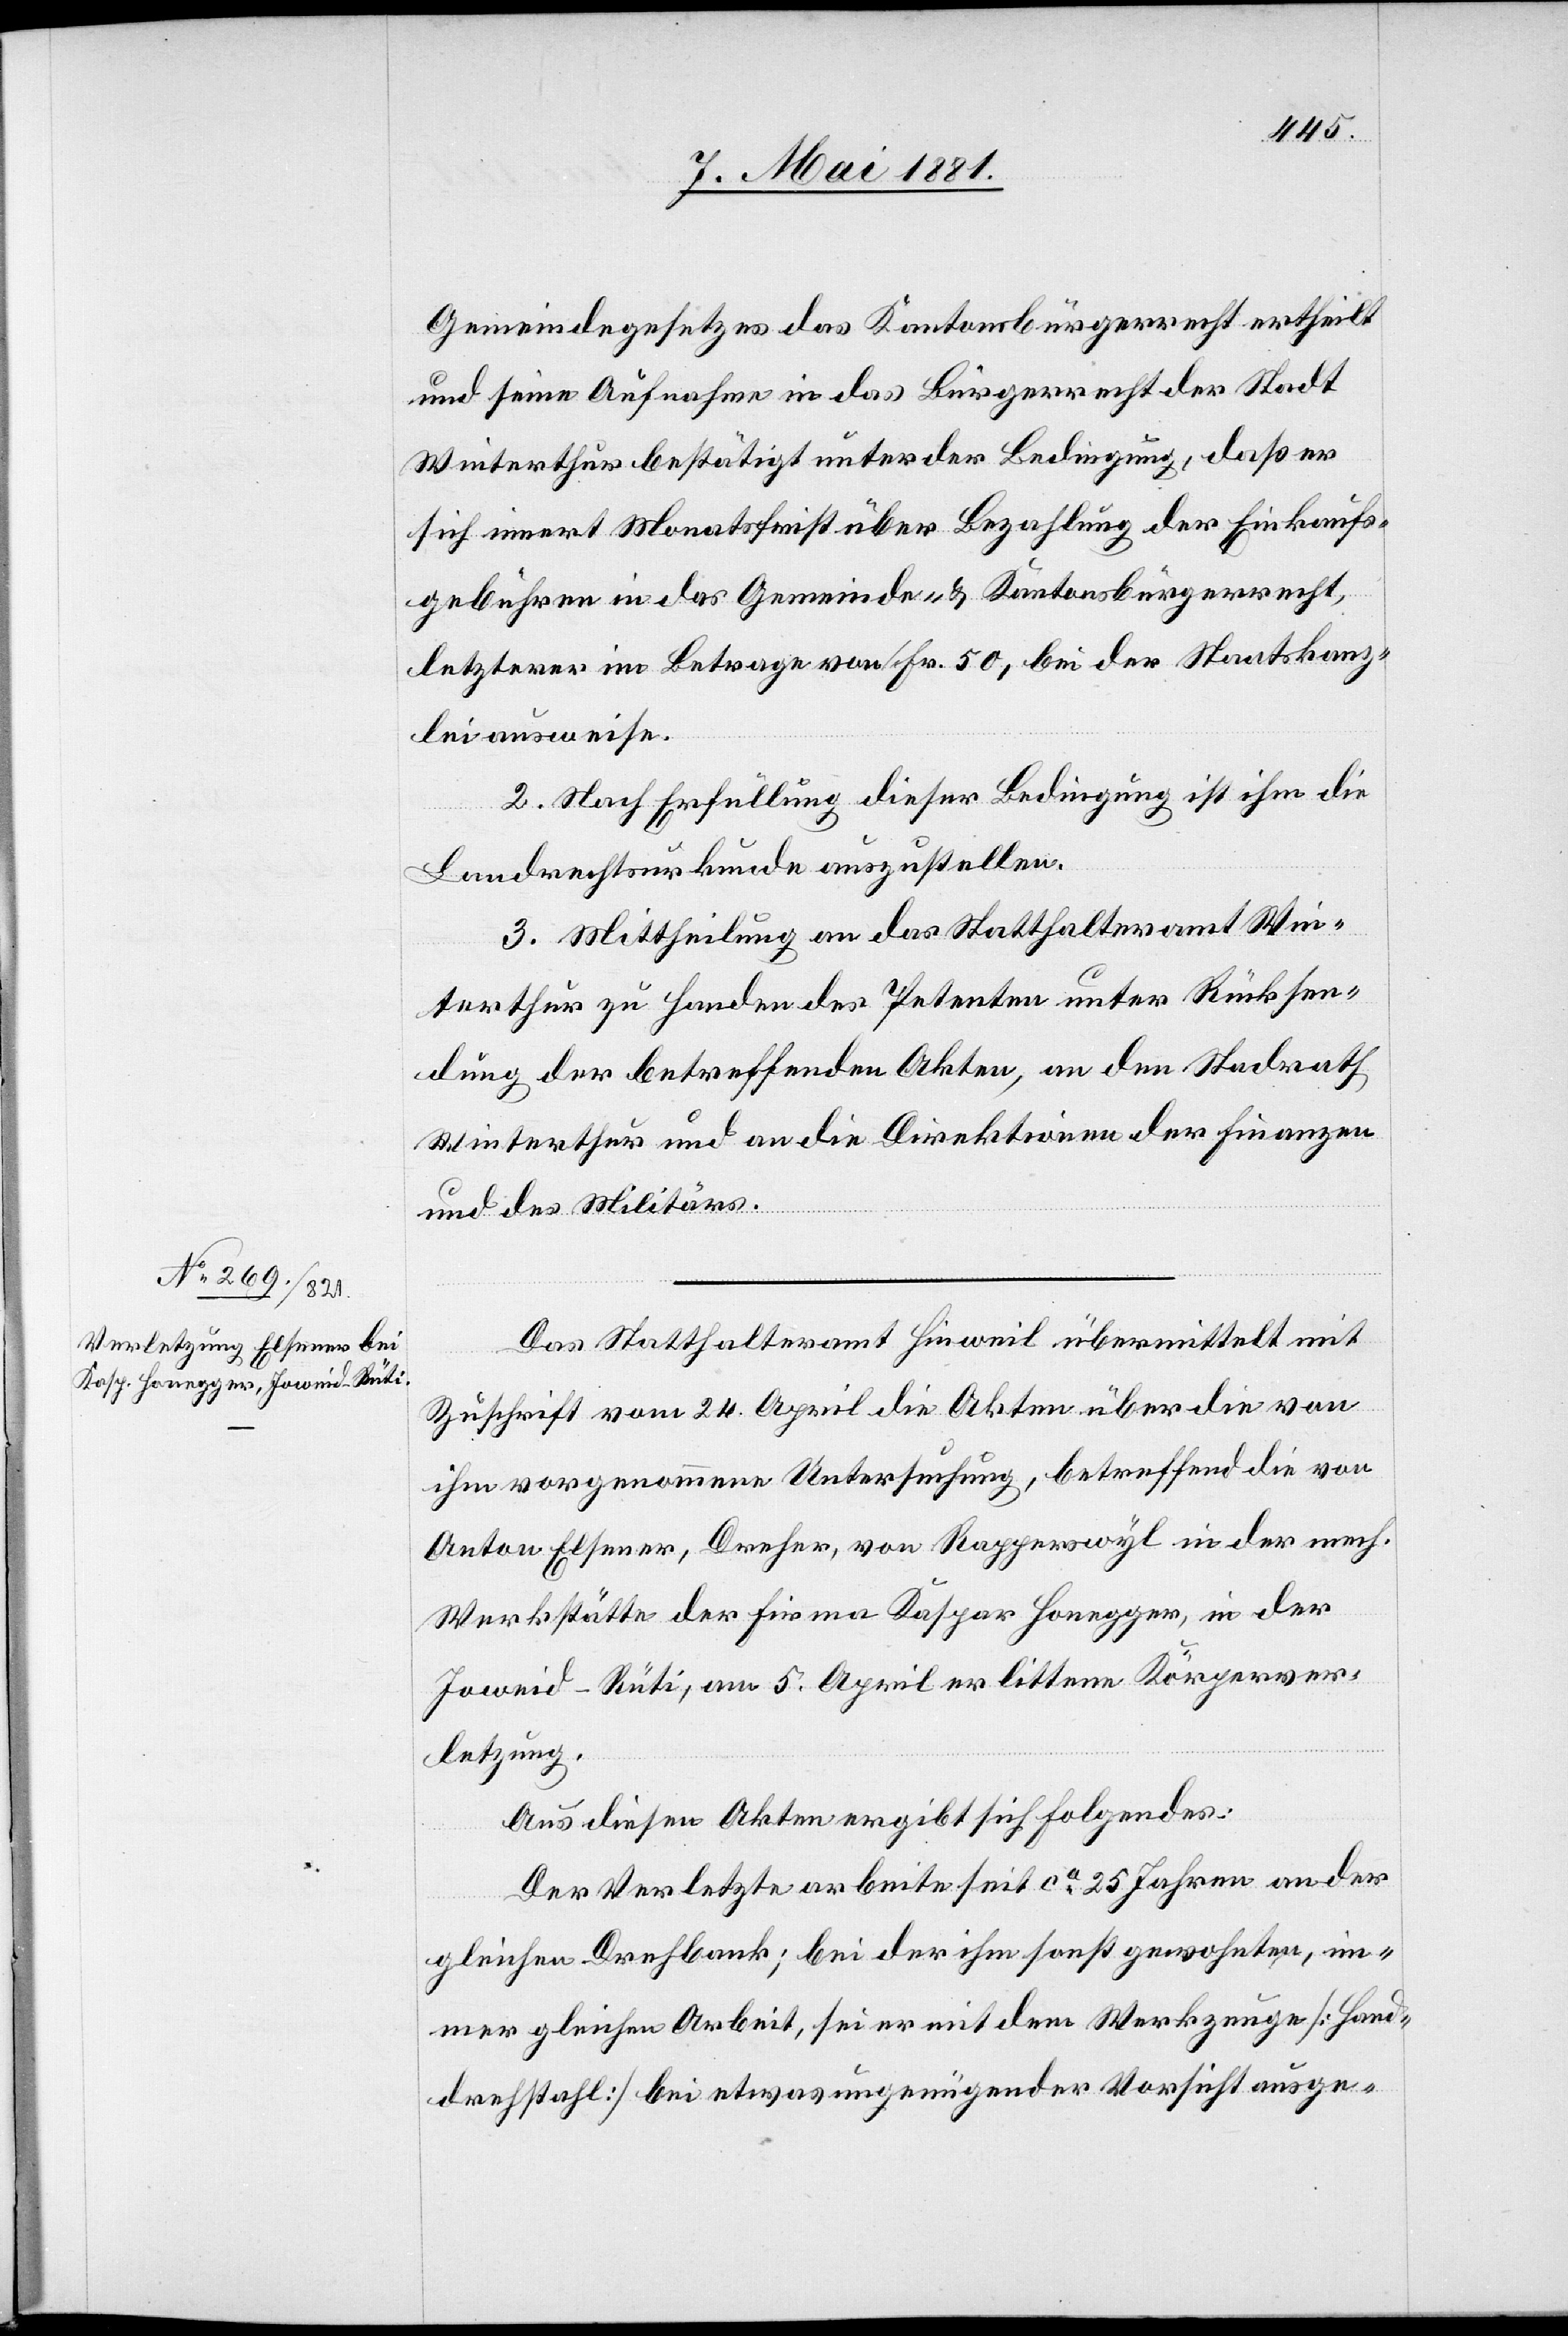
Gemeindegesetzes das Kantonsbürgerrecht ertheilt
und seine Aufnahme in das Bürgerrecht der Stadt
Winterthur bestätigt unter der Bedingung, daß er
sich innert Monatsfrist über Bezahlung der Einkaufs¬
gebühren in das Gemeinde- & Kantonsbürgerrecht
letzterer im Betrage von Fr. 50, bei der Staatskanz¬
lei ausweise.
2. Nach Erfüllung dieser Bedingung ist ihm die
Landrechtsurkunde auszustellen.
3. Mittheilung an das Statthalteramt Win¬
terthur zu Handen des Petenten unter Rücksen¬
dung der betreffenden Akten, an den Stadtrath
Winterthur und an die Direktion der Finanzen
und des Militärs.
Das Statthalteramt Hinweil übermittelt mit
Zuschrift vom 24. April die Akten über die von
ihm vorgenommene Untersuchung, betreffend die von
Anton Elsener, Dreher, von Rapperswyl in der mech.
Werkstätte der Firma Kaspar Honegger, in der
Joweid - Rüti, am 5. April erlittene Körperver¬
letzung.
Aus diesen Akten ergibt sich folgendes:
Der Verletzte arbeite seit ca 25 Jahren an der
gleichen Drehbank; bei der ihm sonst gewohnten, im¬
mer gleichen Arbeit, sei er mit dem Werkzeuge [Hand¬
drehstahl] bei etwas ungenügender Vorsicht ausge-